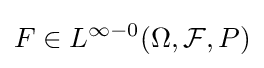
F\in L^{\infty -0}(\Omega ,{\mathcal {F}},P)